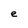
Character: e